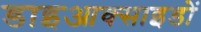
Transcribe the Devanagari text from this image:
डाइआक्साइडों